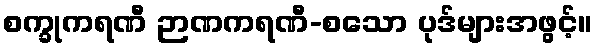
စက္ခုကရဏီ ဉာဏကရဏီ-စသော ပုဒ်များအဖွင့်။